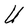
Character: U